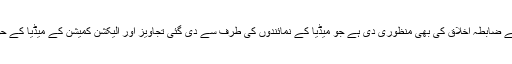
انہوں نے کہا کہ الیکشن کمیشن نے میڈیا کے لیے ضابطہ اخلاق کی بھی منظوری دی ہے جو میڈیا کے نمائندوں کی طرف سے دی گئی تجاویز اور الیکشن کمیشن کے میڈیا کے حوالے سے ضابطہ اخلاق کو ملا کر بنایا گیا ہے۔